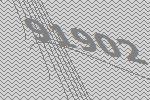
91902